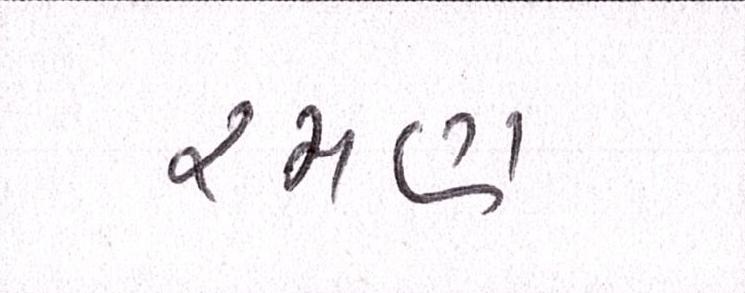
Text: રમણ